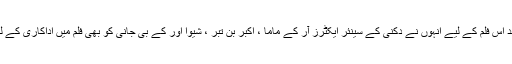
عزیز ناصر کے بعد اس فلم کے لیے انہوں نے دکنی کے سینئر ایکٹرز آر کے ماما ، اکبر بن تبر ، شیوا اور کے بی جانی کو بھی فلم میں اداکاری کے لئے راضی کروالیا ۔